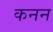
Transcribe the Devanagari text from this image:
कनन